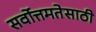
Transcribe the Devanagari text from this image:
सर्वोत्तमतेसाठी